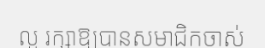
ល្អ រក្សាឱ្យបានសមាជិកចាស់